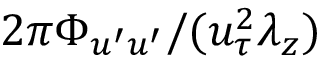
2 \pi \Phi _ { u ^ { \prime } u ^ { \prime } } / ( u _ { \tau } ^ { 2 } \lambda _ { z } )